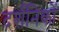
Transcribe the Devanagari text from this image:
दर्शनिकों